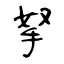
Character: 拏